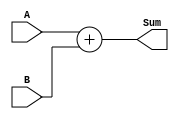
module Adder(input [31:0] A, input [31:0] B, output [32:0] Sum);

assign Sum = A + B;

endmodule